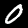
Label: 0